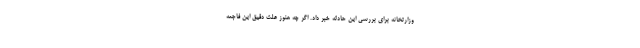
وزارتخانه برای بررسی این حادثه خبر داد. اگر چه هنوز علت دقیق این فاجعه